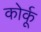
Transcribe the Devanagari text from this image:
कोर्कू